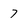
Character: 7